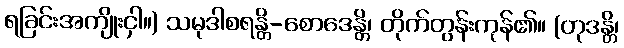
ရခြင်းအကျိုးငှါ။) သမုဒါစရန္တိ-စောဒေန္တိ၊ တိုက်တွန်းကုန်၏။ (တုဒန္တိ၊